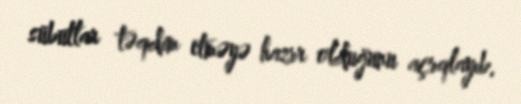
sübutlar təqdim etməyə hazır olduğunu açıqlayıb.